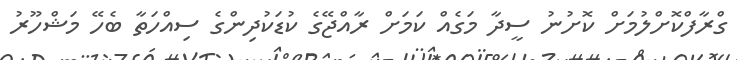
ގްރާފްކޮށްލުމަށް ކޮށުނު ސީދާ މަގެއް ކަމަށް ރާއްޖޭގެ ކުޑަކުދިންގެ ސިއްހަތާ ބެހޭ މަޝްހޫރު